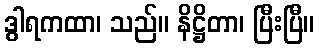
ဒွါရကထာ၊ သည်။ နိဋ္ဌိတာ၊ ပြီးပြီ။